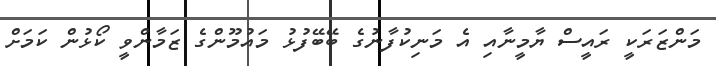
މަންޒަރަކީ ރައީސް ޔާމީނާއި އެ މަނިކުފާނުގެ ބޭބޭފުޅު މައުމޫންގެ ޒަމާންވީ ކޯޅުން ކަމަށް